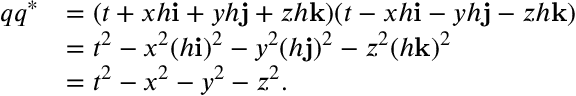
{ \begin{array} { r l } { q q ^ { * } } & { = ( t + x h \mathbf { i } + y h \mathbf { j } + z h \mathbf { k } ) ( t - x h \mathbf { i } - y h \mathbf { j } - z h \mathbf { k } ) } \\ & { = t ^ { 2 } - x ^ { 2 } ( h \mathbf { i } ) ^ { 2 } - y ^ { 2 } ( h \mathbf { j } ) ^ { 2 } - z ^ { 2 } ( h \mathbf { k } ) ^ { 2 } } \\ & { = t ^ { 2 } - x ^ { 2 } - y ^ { 2 } - z ^ { 2 } . } \end{array} }